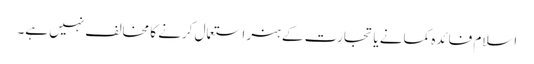
اسلام فائدہ کمانے یا تجارت کے ہنر استعمال کرنے کا مخالف نہیں ہے۔